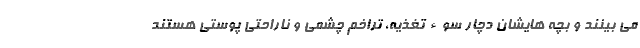
می بینند و بچه هایشان دچار سوء تغذیه، تراخم چشمی و ناراحتی پوستی هستند